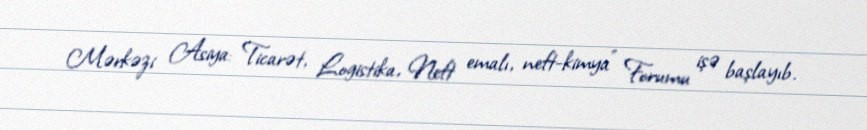
Mərkəzi Asiya: Ticarət, Logistika, Neft emalı, neft-kimya" Forumu işə başlayıb.